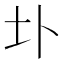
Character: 圤